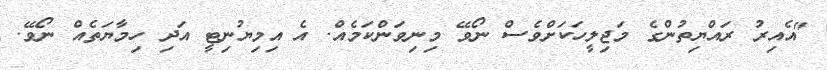
"އެއިރު ރައްޔިތުންގެ މަޖިލީހަކަށްވެސް ނޯވޭ މިނިވަންކަމެއް. އެ އިމިޔުނިޓީ އަދި ހިމާޔަތެއް ނޯވޭ.